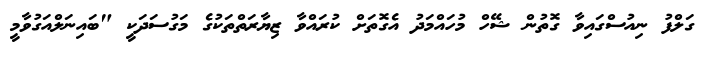
ގަލްފު ނިއުސްގައިވާ ގޮތުން ޝޭހް މުހައްމަދު އެގޮތަށް ކުރައްވާ ޒިޔާރަތްތަކުގެ މަގުސަދަކީ "ބައިނަލްއަގުވާމީ